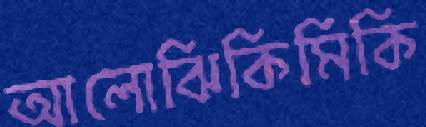
আলোঝিকিমিকি